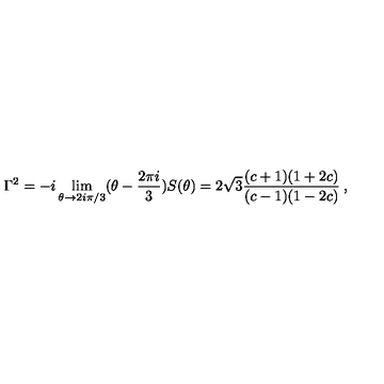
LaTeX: \Gamma ^ { 2 } = - i \lim _ { \theta \rightarrow 2 i \pi / 3 } ( \theta - \frac { 2 \pi i } { 3 } ) S ( \theta ) = 2 \sqrt { 3 } \frac { ( c + 1 ) ( 1 + 2 c ) } { ( c - 1 ) ( 1 - 2 c ) } \: ,